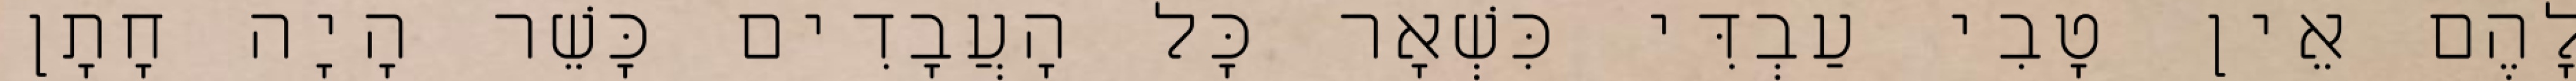
לָהֶם אֵין טָבִי עַבְדִּי כִּשְׁאָר כָּל הָעֲבָדִים כָּשֵׁר הָיָה חָתָן